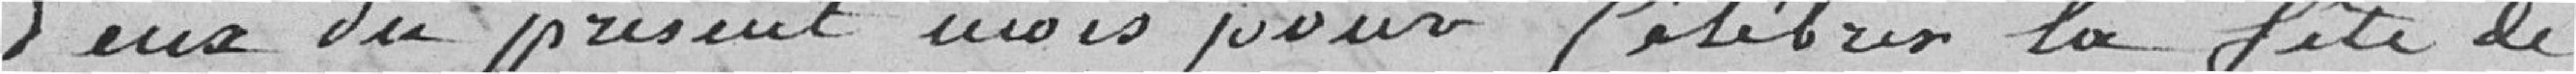
deux du présent mois pour célébrer la fête de